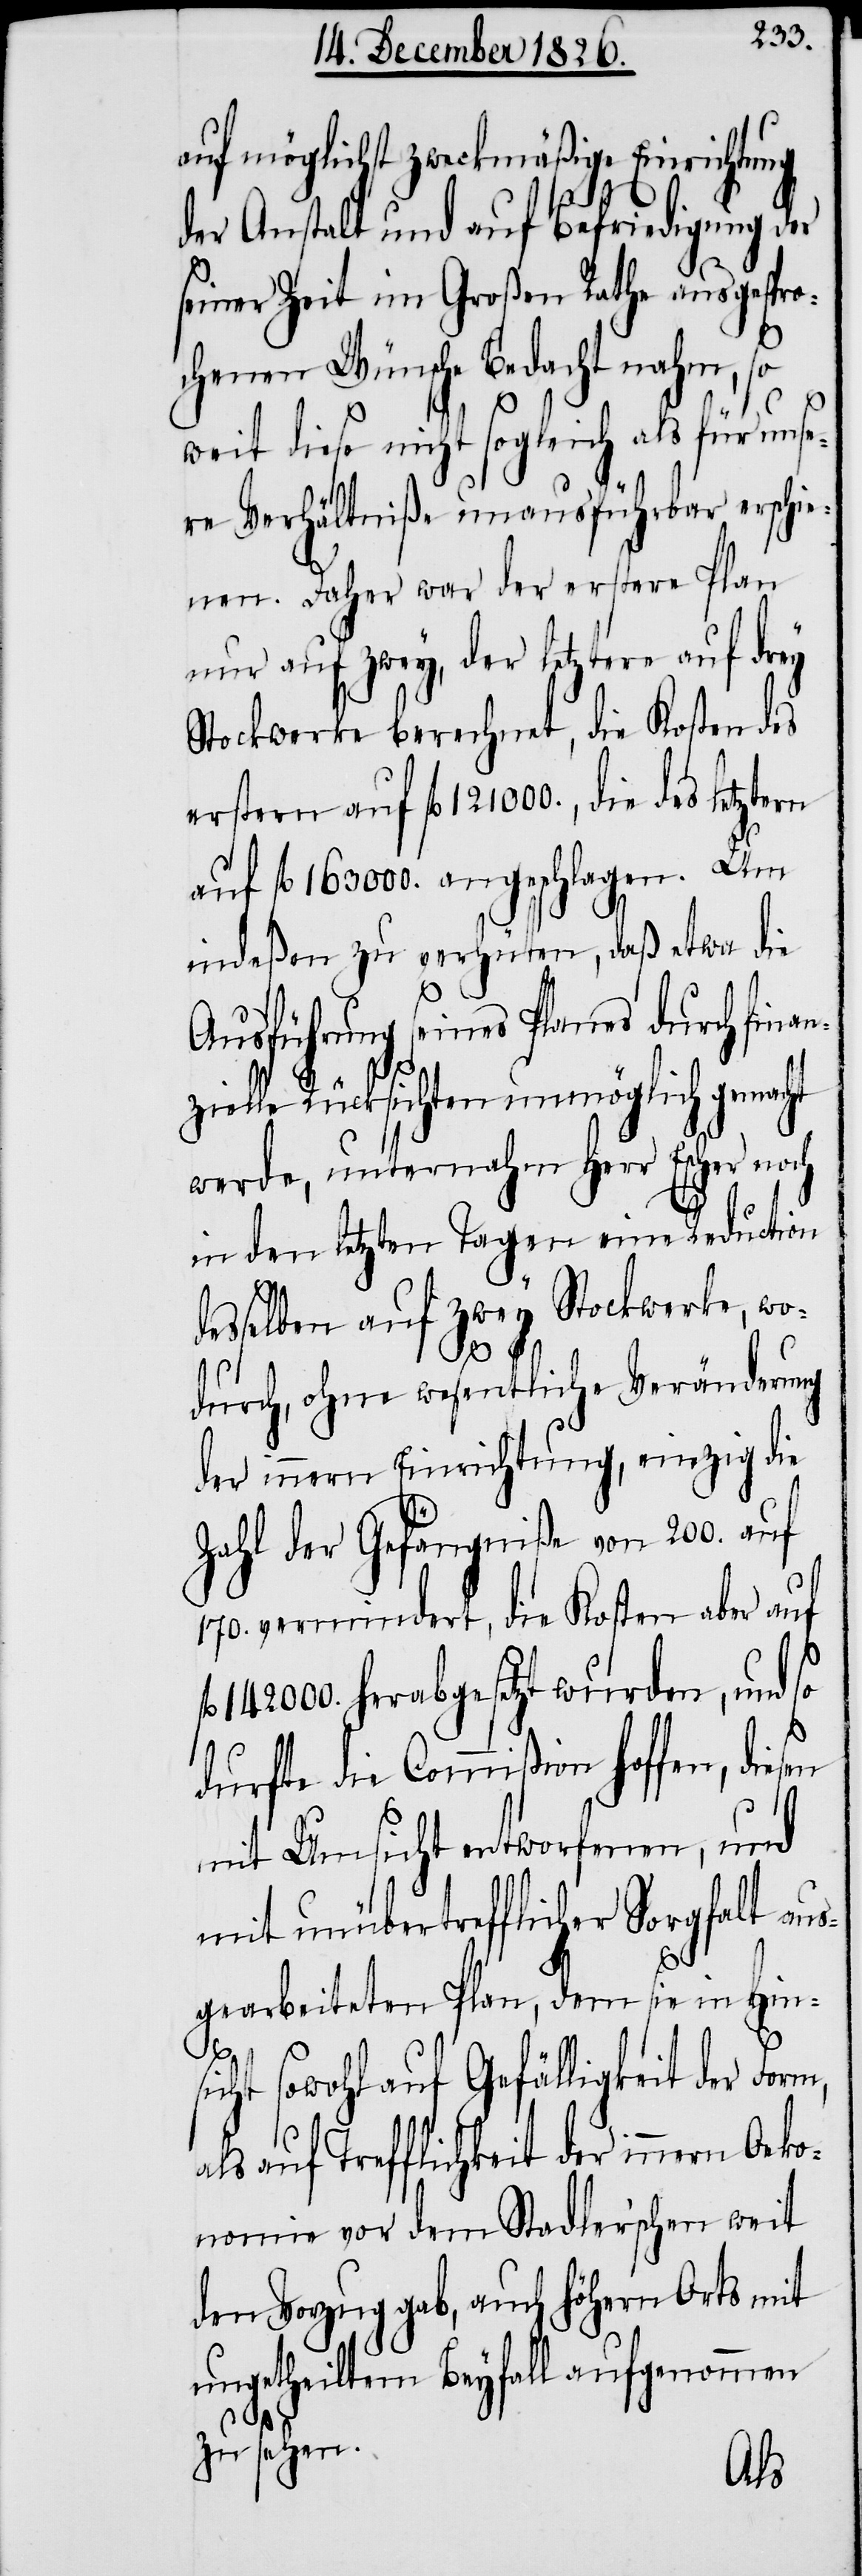
auf möglichst zweckmäßige Einrichtung
der Anstalt und auf Befriedigung der
seiner Zeit im Großen Rathe ausgespro¬
chenen Wünsche Bedacht nahm, so
ht
weit diese nicht sogleich als für unse¬
re Verhältniße unausführbar erschie¬
nen. Daher war der erstere Plan
nur auf zwey, der letztere auf
Stockwerke berechnet, die Kosten des
erstern auf fl. 121 000., die des letztern
fl. 163 000. angeschlagen. Um
indeßen zu verhüten, daß etwa die
Ausführung seines Planes durch fin¬
anz¬
ielle Rücksichten unmöglich gemac¬
werde, unternahm Herr Escher noch
in den letzten Tagen eine Reduction
desselben auf zwey Stockwerke, wo¬
durch, ohne wesentliche Veränderung
der innern Einrichtung, einzig die
Zahl der Gefängniße von 200. auf
170. vermindert, die Kosten aber auf
142 000. herabgesetzt wurden, und so
durfte die Commißion hoffen, diesen
mit Umsicht entworfenen, und
mit unübertrefflicher Sorgfalt aus¬
gearbeiteten Plan, dem sie in Hin¬
sicht sowohl auf Gefälligkeit der Form,
als auf Trefflichkeit der innern Oeko¬
nomie vor dem Stadler’schen weit
den Vorzug gab, auch höhern Orts mit
ungetheiltem Beyfall aufgenommen
zu sehen.